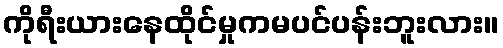
ကိုရီးယားနေထိုင်မှုကမပင်ပန်းဘူးလား။